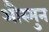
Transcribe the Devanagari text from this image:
औस्मुन